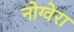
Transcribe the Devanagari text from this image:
नोग्वेरा